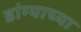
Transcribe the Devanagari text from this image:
डांग्याच्या